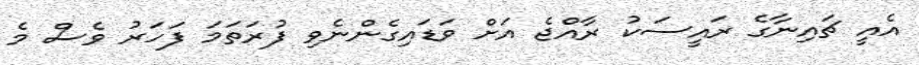
އެއީ ޗައިނާގެ ރައީސަކު ރާއްޖެ އަށް ވަޑައިގެންނެވި ފުރަތަމަ ފަހަރު ވެސް މެ